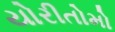
યોરીતોમો